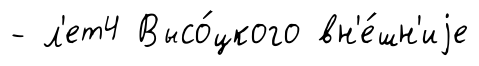
- л'ет4 Высо́цкого вн'е́шн'иjе